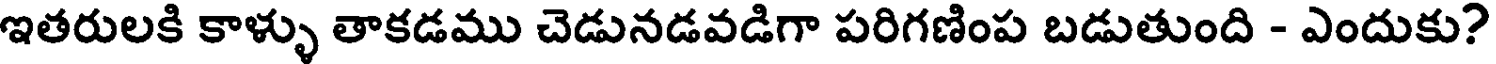
ఇతరులకి కాళ్ళు తాకడము చెడునడవడిగా పరిగణింప బడుతుంది - ఎందుకు?